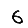
Digit: 6